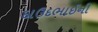
દાઉદભાઈની